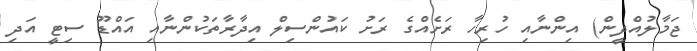
ޖަމާލުއްދީން) އިންނާއި ހުރިހާ ރަށެއްގެ ރަށު ކައުންސިލް އިދާރާތަކުންނާއި އައްޑޫ ސިޓީ އަދި